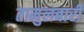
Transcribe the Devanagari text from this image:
तामुलबारी